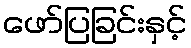
ဖော်ပြခြင်းနှင့်